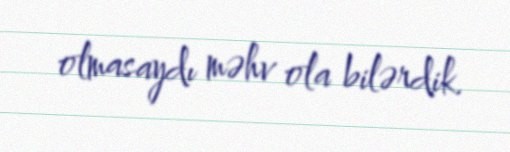
olmasaydı məhv ola bilərdik.